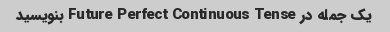
یک جمله در Future Perfect Continuous Tense بنویسید